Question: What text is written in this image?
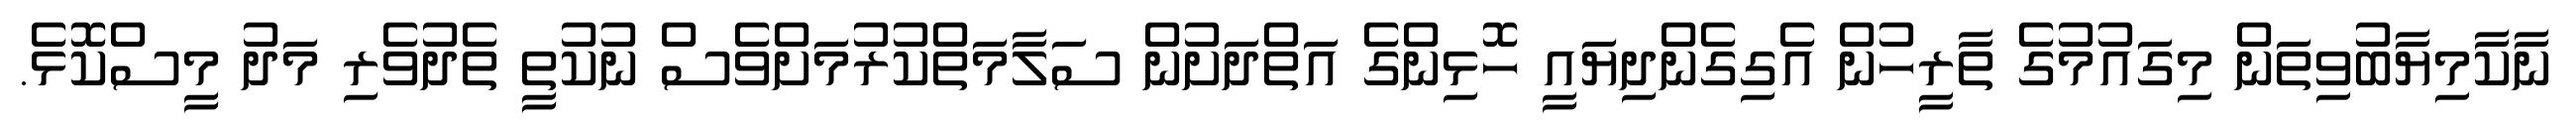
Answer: ނާކާމިޔާބުވިތަން މިގައުމުގެ ތާރީހުން އެގިގެންދިޔައީ ހޮޅިންގެ އަތްދަށުން ސަލާމަތްކުރުމަށްވެސް ނުކުތީ ތެދުވެރި މަދު މީސްކޮޅެ.